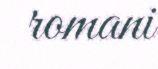
romani